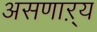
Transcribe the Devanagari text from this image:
असणाऱ्य